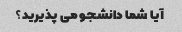
آیا شما دانشجو می پذیرید؟